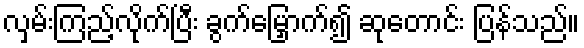
လှမ်းကြည့်လိုက်ပြီး ခွက်မြှောက်၍ ဆုတောင်း ပြန်သည်။